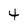
Character: 4